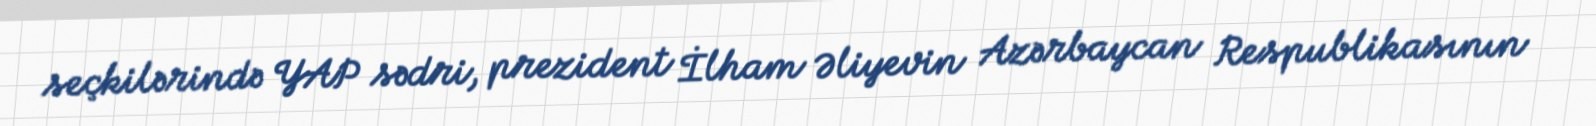
seçkilərində YAP sədri, prezident İlham Əliyevin Azərbaycan Respublikasının